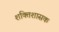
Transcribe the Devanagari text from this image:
शक्तिशासक